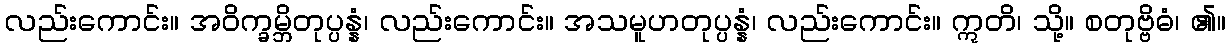
လည်းကောင်း။ အဝိက္ခမ္ဘိတုပ္ပန္နံ၊ လည်းကောင်း။ အသမူဟတုပ္ပန္နံ၊ လည်းကောင်း။ ဣတိ၊ သို့။ စတုဗ္ဗိဓံ၊ ၏။